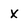
Character: X